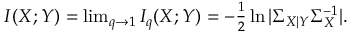
\begin{array} { r } { I ( X ; Y ) = \operatorname* { l i m } _ { q \to 1 } I _ { q } ( X ; Y ) = - \frac { 1 } { 2 } \ln | \Sigma _ { X | Y } \Sigma _ { X } ^ { - 1 } | . } \end{array}